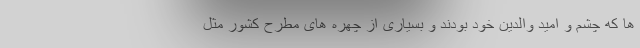
ها که چشم و امید والدین خود بودند و بسیاری از چهره های مطرح کشور مثل